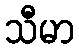
သီမာ